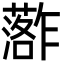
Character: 𮒏